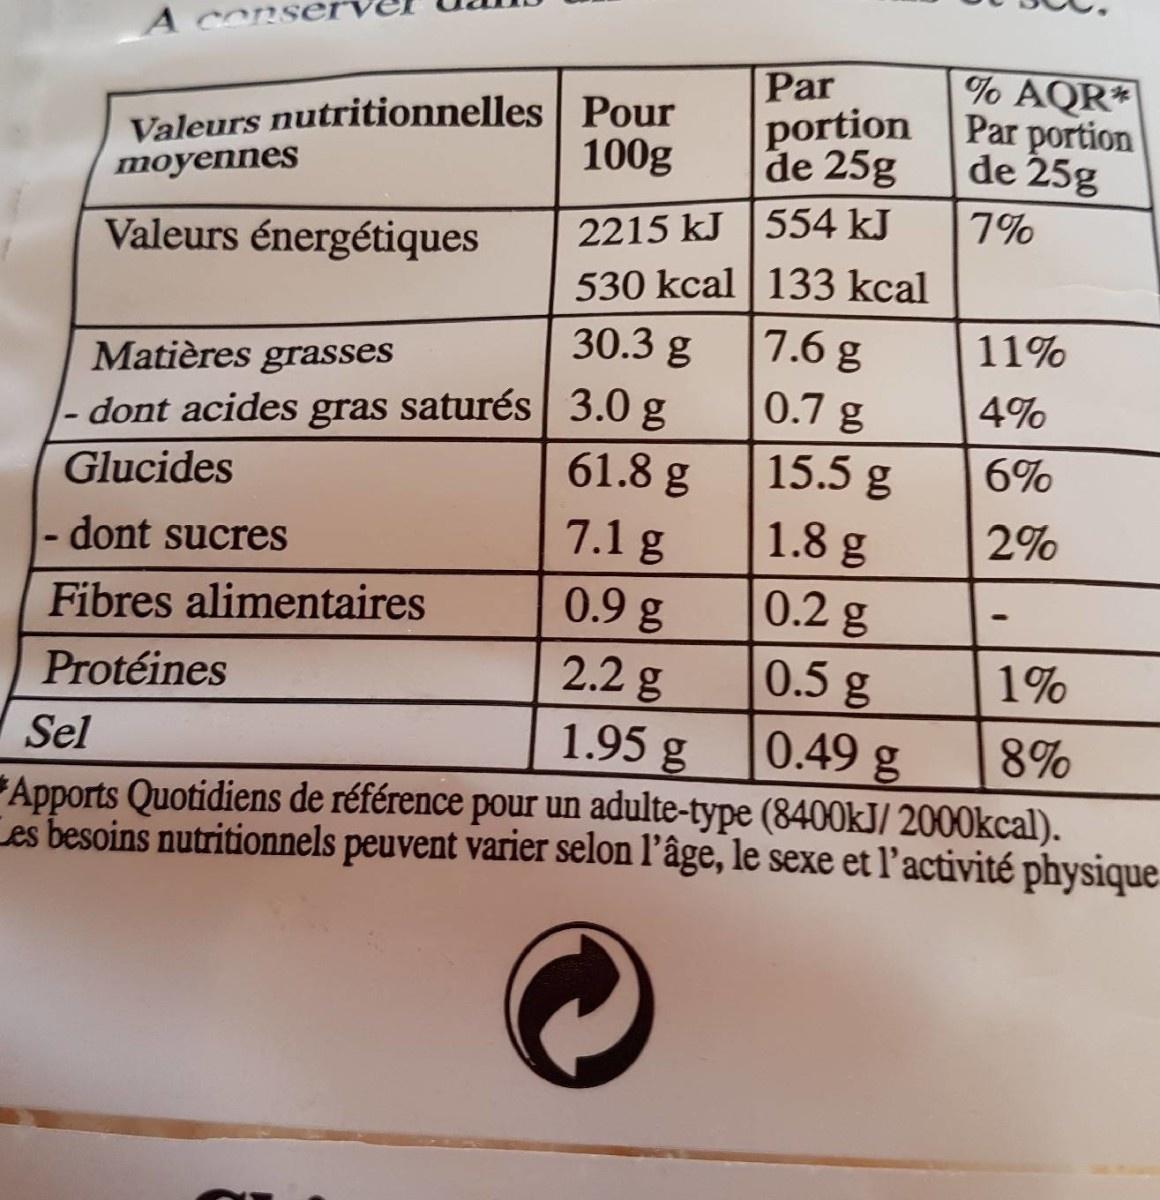
A conse % AQR* Par portion de 25g Par Valeurs nutritionnelles | Pour 100g portion de 25g moyennes 2215 kJ |554 kJ 530 kcal | 133 kcal 7.6 g Valeurs énergétiques 30.3 g 11% Matières grasses 0.7 g 4% dont acides gras saturés 3.0 g 61.8 g 15.5 g 6% Glucides - dont sucres 7.1 g 1.8 g 2% 0.2 g 0.5 g Fibres alimentaires 0.9 g 1% 2.2 g 1.95 g Protéines Sel 0.49 g 8% Apports Quotidiens de référence pour un adulte-type (8400KJ/ 2000kcal). Les besoins nutritionnels peuvent varier selon l’âge, le sexe et l’activité physique